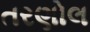
તરણોલ